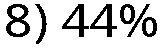
8) 44%